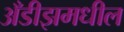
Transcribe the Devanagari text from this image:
अँडीझमधील